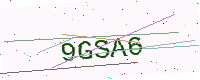
Text: 9GSA6